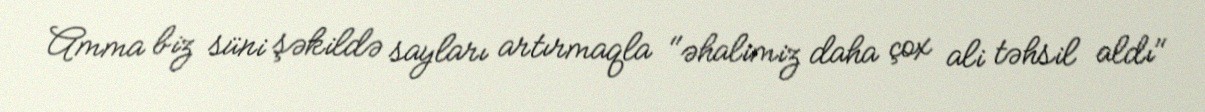
Amma biz süni şəkildə sayları artırmaqla "əhalimiz daha çox ali təhsil aldı"